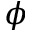
\phi